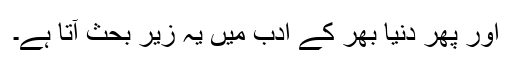
اور پھر دنیا بھر کے ادب میں یہ زیر بحث آتا ہے۔